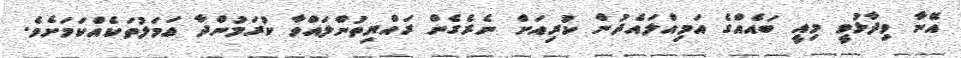
އޭނާ ވިދާޅުވީ މިއީ ބައެއްގެ އަމިއްލައެދުން ކުރިއަށް ނެރެގެން ރައްޔިތުންލައްވާ ކުރަމުންދާ ޢަމަލުތަކެއްކަމަށެވެ.